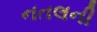
નતલની